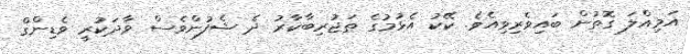
އަމިއްލަ ގޮތުން ބައިވެރިވިއެވެ. ކޭކު އެޅުމުގެ ތަޖުރިބާކާރު ދެ ޝެފުންވެސް ވާދަކުރީ ވެޑިންގް